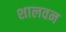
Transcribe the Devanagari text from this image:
शालवन